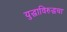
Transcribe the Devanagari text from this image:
युद्धाविरुद्धचा